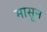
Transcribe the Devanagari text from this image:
मासूने